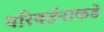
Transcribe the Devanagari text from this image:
परिवर्तनाकडे